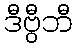
ဒီဗွီဘီ